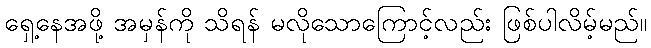
ရှေ့နေအဖို့ အမှန်ကို သိရန် မလိုသောကြောင့်လည်း ဖြစ်ပါလိမ့်မည်။